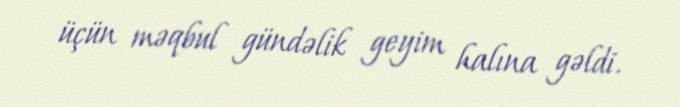
üçün məqbul gündəlik geyim halına gəldi.